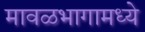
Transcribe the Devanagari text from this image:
मावळभागामध्ये